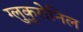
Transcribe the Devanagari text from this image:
ग्लुकुरोनिल